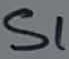
Text: S1